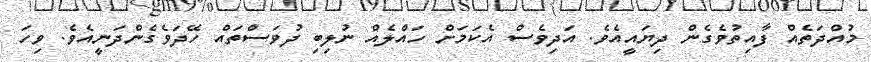
މުއްދަތެއް ފާއިތުވެގެން ދިޔައީއެވެ. އަދިވެސް އެކަމަށް ހައްލެއް ނުލިބި ދުވަސްތައް ހޭދަވެގެންދަނީއެވެ. ވިހަ